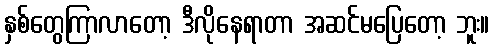
နှစ်တွေကြာလာတော့ ဒီလိုနေရာတာ အဆင်မပြေတော့ ဘူး။